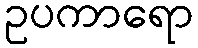
ဥပကာရော